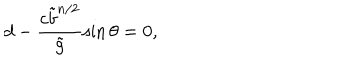
d - \frac { c { \tilde { b } } ^ { n / 2 } } { \tilde { g } } \sin \theta = 0 ,